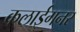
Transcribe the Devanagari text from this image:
कलाईगनर